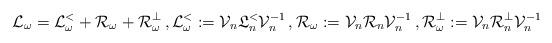
LaTeX: \begin{align*}& {\cal L}_\omega = {\cal L}_\omega^{<} + {\cal R}_\omega + {\cal R}_\omega^\bot \,, {\cal L}_\omega^{<} := {\cal V}_n {\mathfrak L}_n^{<} {\cal V}_n^{- 1} \,,{\cal R}_\omega := {\cal V}_n {\cal R}_n {\cal V}_n^{- 1}\,,{\cal R}_\omega^\bot := {\cal V}_n {\cal R}_n^\bot {\cal V}_n^{- 1} \end{align*}